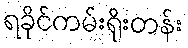
ရခိုင်ကမ်းရိုးတန်း